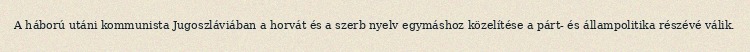
A háború utáni kommunista Jugoszláviában a horvát és a szerb nyelv egymáshoz közelítése a párt- és állampolitika részévé válik.